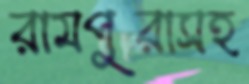
রামপুরাসহ